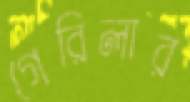
গেরিলার